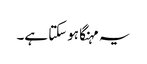
یہ مہنگا ہوسکتا ہے۔